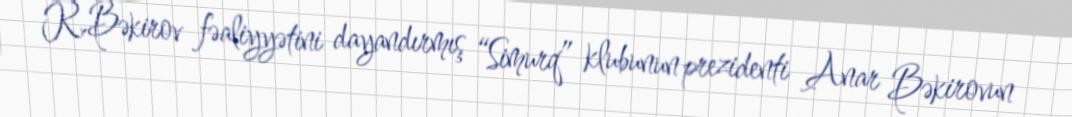
R.Bəkirov fəaliyyətini dayandırmış “Simurq” klubunun prezidenti Anar Bəkirovun